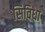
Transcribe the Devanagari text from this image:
सिविधा